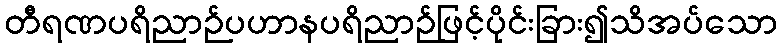
တီရဏပရိညာဉ်ပဟာနပရိညာဉ်ဖြင့်ပိုင်းခြား၍သိအပ်သော